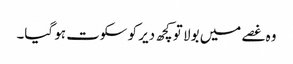
وہ غصے میں بولا تو کچھ دیر کو سکوت ہو گیا۔